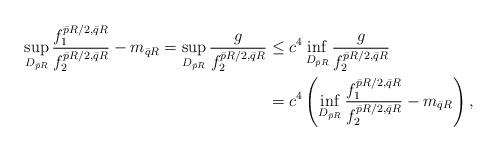
LaTeX: \begin{align*}\sup_{D_{\bar{p}R}}\frac{f_1^{\bar{p}R/2,\bar{q}R}}{f_2^{\bar{p}R/2,\bar{q}R}}-m_{\bar{q}R}=\sup_{D_{\bar{p}R}}\frac{g}{f_2^{\bar{p}R/2,\bar{q}R}}&\le c^4 \inf_{D_{\bar{p}R}}\frac{g}{f_2^{\bar{p}R/2,\bar{q}R}}\\&=c^4\left(\inf_{D_{\bar{p}R}}\frac{f_1^{\bar{p}R/2,\bar{q}R}}{f_2^{\bar{p}R/2,\bar{q}R}}-m_{\bar{q}R}\right),\end{align*}